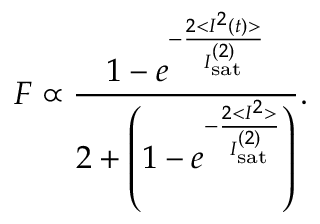
F \propto \frac { 1 - e ^ { - \frac { 2 < I ^ { 2 } ( t ) > } { I _ { \mathrm { s a t } } ^ { ( 2 ) } } } } { 2 + \left( 1 - e ^ { - \frac { 2 < I ^ { 2 } > } { I _ { \mathrm { s a t } } ^ { ( 2 ) } } } \right) } .